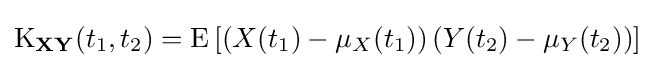
\operatorname {K} _{\mathbf {X} \mathbf {Y} }(t_{1},t_{2})=\operatorname {E} \left[\left(X(t_{1})-\mu _{X}(t_{1})\right)\left(Y(t_{2})-\mu _{Y}(t_{2})\right)\right]